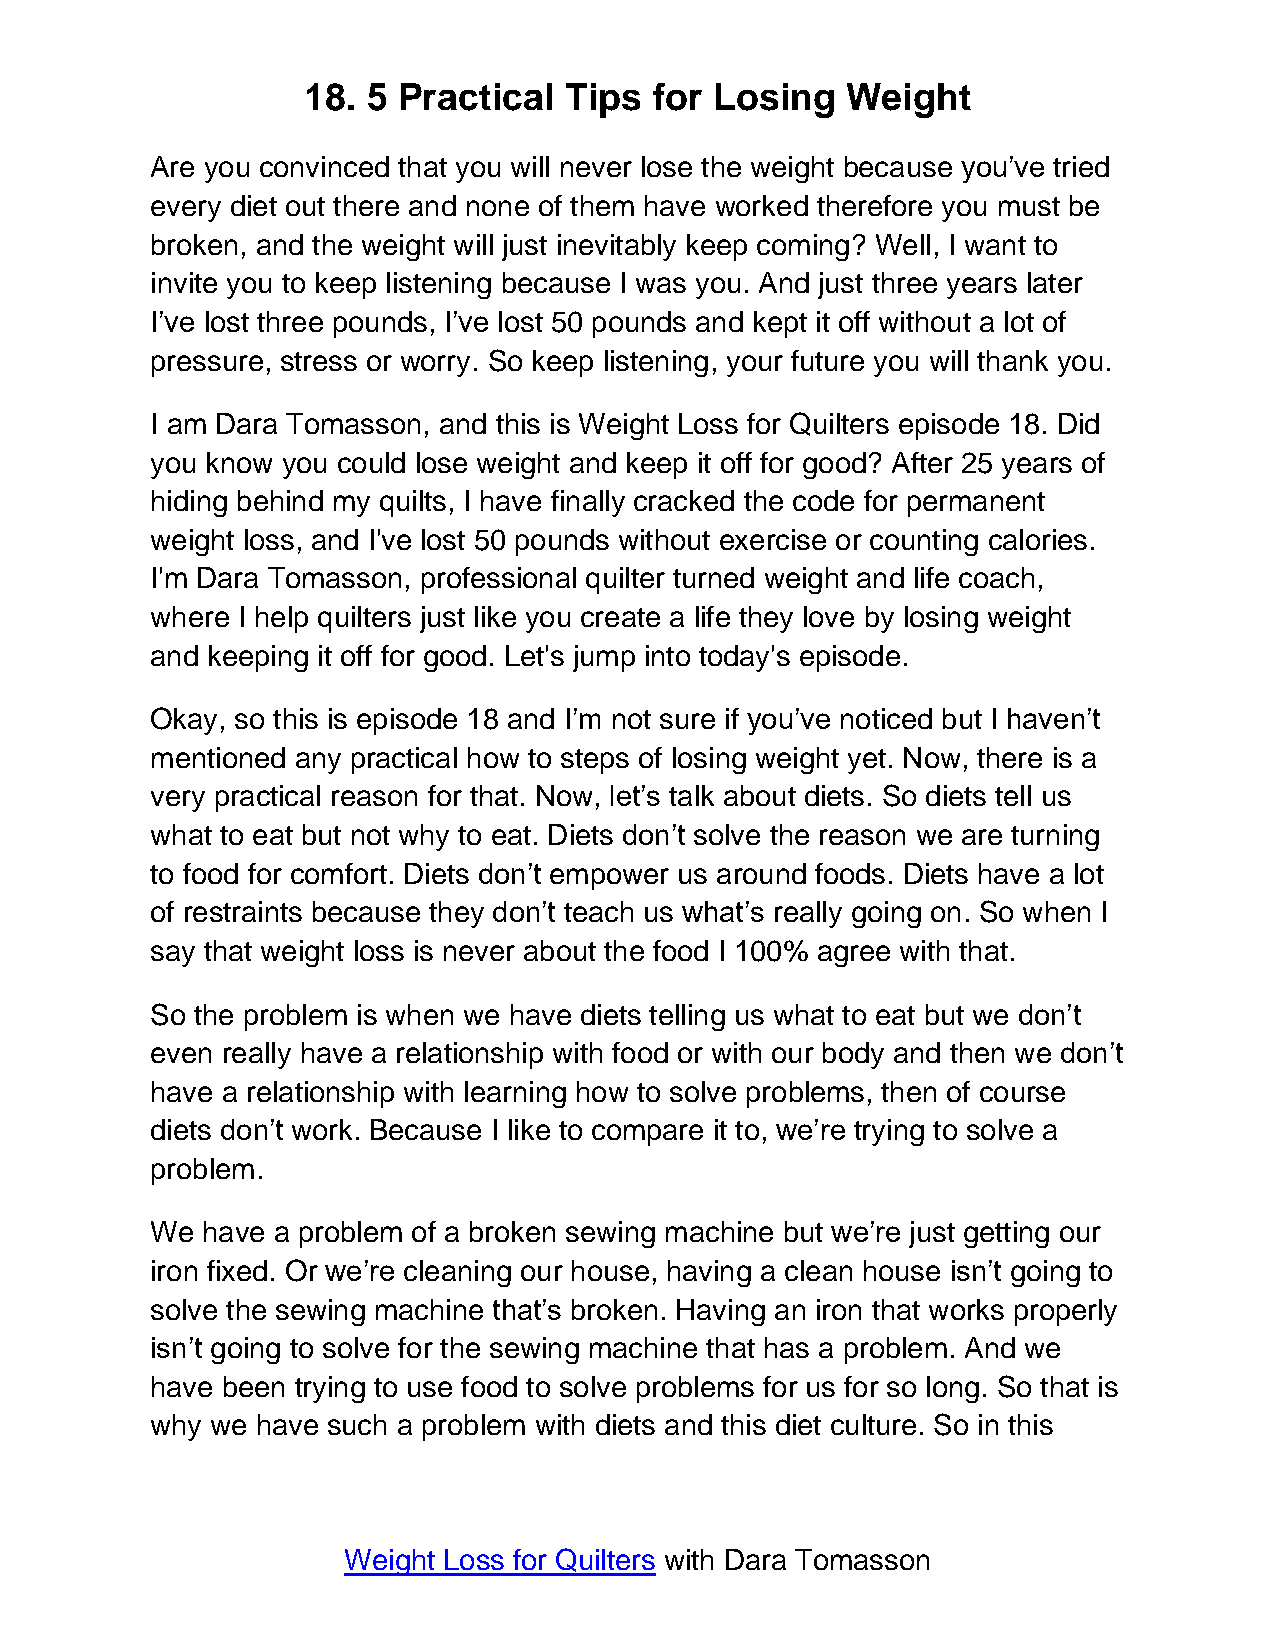
18. 5 Practical  Tips  for Losing   Weight
 Are you convinced that you will never lose the weight because you’ve tried
 every diet out there and none of them have worked therefore you must be
 broken, and the weight will just inevitably keep coming? Well, I want to
 invite you to keep listening because I was you. And just three years later
 I’ve lost three pounds, I’ve lost 50 pounds and kept it off without a lot of
 pressure, stress or worry. So keep listening, your future you will thank you.
 I am Dara Tomasson, and this is Weight Loss for Quilters episode 18. Did
 you know you could lose weight and keep it off for good? After 25 years of
 hiding behind my quilts, I have finally cracked the code for permanent
 weight loss, and I've lost 50 pounds without exercise or counting calories.
 I'm Dara Tomasson, professional quilter turned weight and life coach,
 where I help quilters just like you create a life they love by losing weight
 and keeping it off for good. Let's jump into today's episode.
 Okay, so this is episode 18 and I’m not sure if you’ve noticed but I haven’t
 mentioned any practical how to steps of losing weight yet. Now, there is a
 very practical reason for that. Now, let’s talk about diets. So diets tell us
 what to eat but not why to eat. Diets don’t solve the reason we are turning
 to food for comfort. Diets don’t empower us around foods. Diets have a lot
 of restraints because they don’t teach us what’s really going on. So when I
 say that weight loss is never about the food I 100% agree with that.
 So the problem is when we have diets telling us what to eat but we don’t
 even really have a relationship with food or with our body and then we don’t
 have a relationship with learning how to solve problems, then of course
 diets don’t work. Because I like to compare it to, we’re trying to solve a
 problem.
 We have a problem of a broken sewing machine but we’re just getting our
 iron fixed. Or we’re cleaning our house, having a clean house isn’t going to
 solve the sewing machine that’s broken. Having an iron that works properly
 isn’t going to solve for the sewing machine that has a problem. And we
 have been trying to use food to solve problems for us for so long. So that is
 why we have such a problem with diets and this diet culture. So in this
 Weight Loss for Quilters with Dara Tomasson